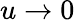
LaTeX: u\rightarrow 0